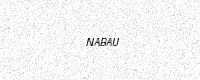
Text: NABAU